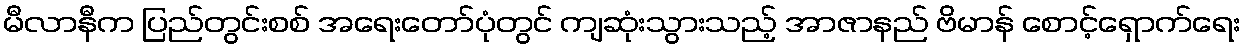
မီလာနီက ပြည်တွင်းစစ် အရေးတော်ပုံတွင် ကျဆုံးသွားသည့် အာဇာနည် ဗိမာန် စောင့်ရှောက်ရေး